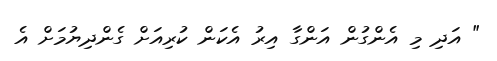
" އަދި މި އެންގުން އަންގާ އިރު އެކަން ކުރިއަށް ގެންދިޔުމަށް އެ